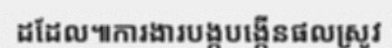
ដដែល៕ការងារបង្កបង្កើនផលស្រូវ